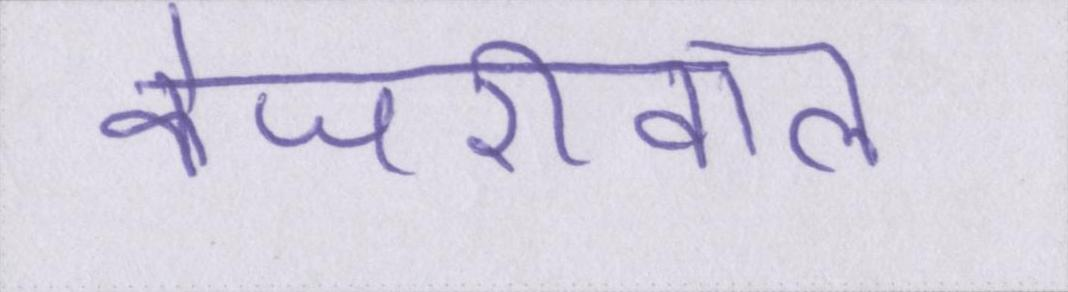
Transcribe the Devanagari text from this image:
केजरीवाल